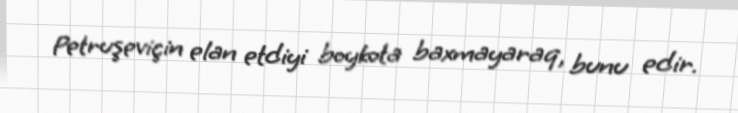
Petruşeviçin elan etdiyi boykota baxmayaraq, bunu edir.